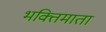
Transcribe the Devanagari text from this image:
भक्तिमाता